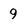
Character: 9